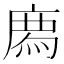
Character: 𢊁